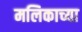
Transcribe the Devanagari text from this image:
मलिकाच्या